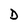
Character: D